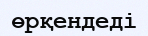
өрқендеді